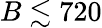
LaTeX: B\lesssim 720